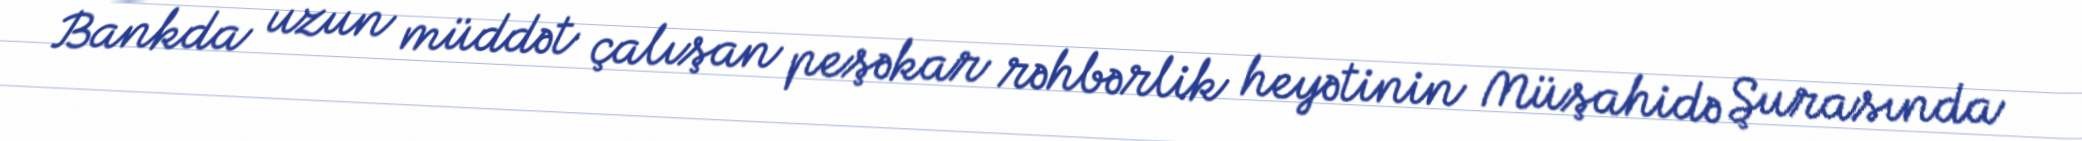
Bankda uzun müddət çalışan peşəkar rəhbərlik heyətinin Müşahidə Şurasında